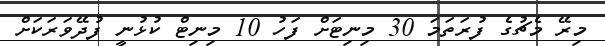
މިރޭ މެޗުގެ ފުރަތަމަ 30 މިނިޓަށް ފަހު 10 މިނިޓް ކުޅުނީ ފުދޭވަރަކަށް